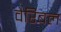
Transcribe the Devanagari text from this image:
वैरिबल